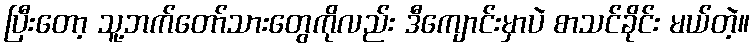
ပြီးတော့ သူ့ဘက်တော်သားတွေကိုလည်း ဒီကျောင်းမှာပဲ စာသင်ခိုင်း မယ်တဲ့။